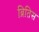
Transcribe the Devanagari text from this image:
ब्रितिस